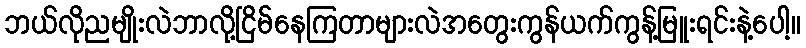
ဘယ်လိုညမျိုးလဲဘာလို့ငြိမ်နေကြတာများလဲအတွေးကွန်ယက်ကွန့်မြူးရင်းနဲ့ပေါ့။